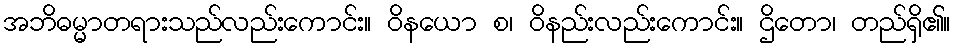
အဘိဓမ္မာတရားသည်လည်းကောင်း။ ဝိနယော စ၊ ဝိနည်းလည်းကောင်း။ ဌိတော၊ တည်ရှိ၏။